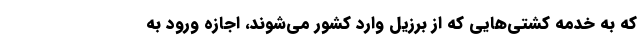
که به خدمه کشتی‌هایی که از برزیل وارد کشور می‌شوند، اجازه ورود به